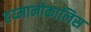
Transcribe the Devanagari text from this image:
हय्मानोकालिस